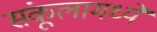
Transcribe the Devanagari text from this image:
संकूलामध्ये